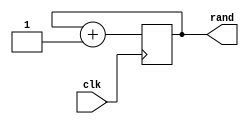
`timescale 1ns / 1ps
//////////////////////////////////////////////////////////////////////////////////
// Company: ITESO
//////////////////////////////////////////////////////////////////////////////////

module random(
    input clk,
    output [1:0] rand
);
    reg [1:0] num; 

    always @(posedge clk ) begin
        num <= num + 1;
    end

    assign rand = num;

endmodule // random